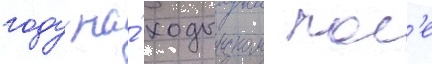
году на́ ходынском пол'е